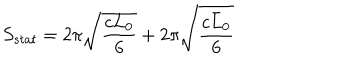
S _ { s t a t } = 2 \pi \sqrt { \frac { c L _ { 0 } } { 6 } } + 2 \pi \sqrt { \frac { c \bar { L } _ { 0 } } { 6 } }